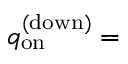
q _ { \mathrm { o n } } ^ { \mathrm { ( d o w n ) } } =